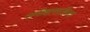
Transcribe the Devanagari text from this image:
समीक्षासाहित्य